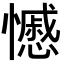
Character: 𭟍